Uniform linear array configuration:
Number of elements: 32
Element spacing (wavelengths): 0.25
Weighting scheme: cosine
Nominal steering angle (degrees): -60
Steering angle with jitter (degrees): -58.873
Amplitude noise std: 0.05
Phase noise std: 0.05

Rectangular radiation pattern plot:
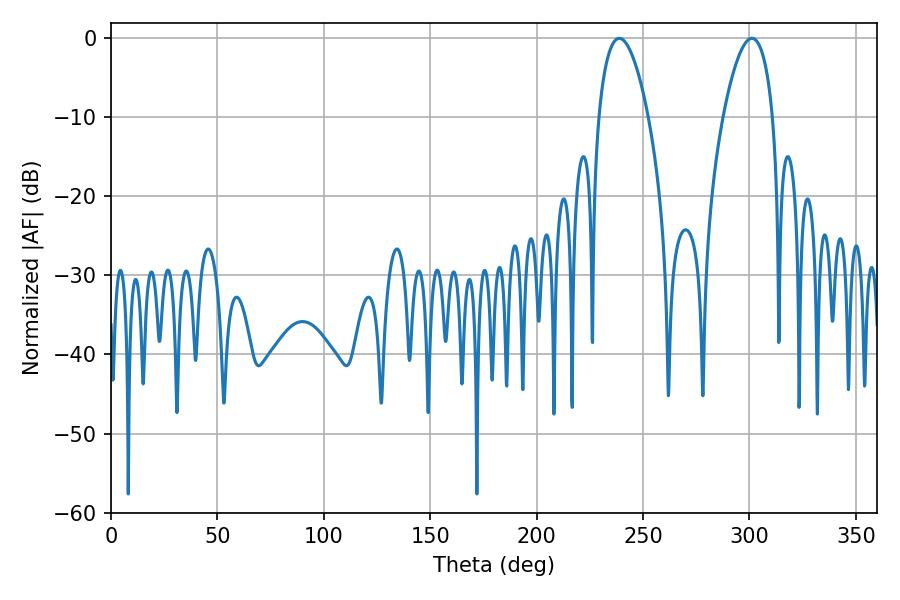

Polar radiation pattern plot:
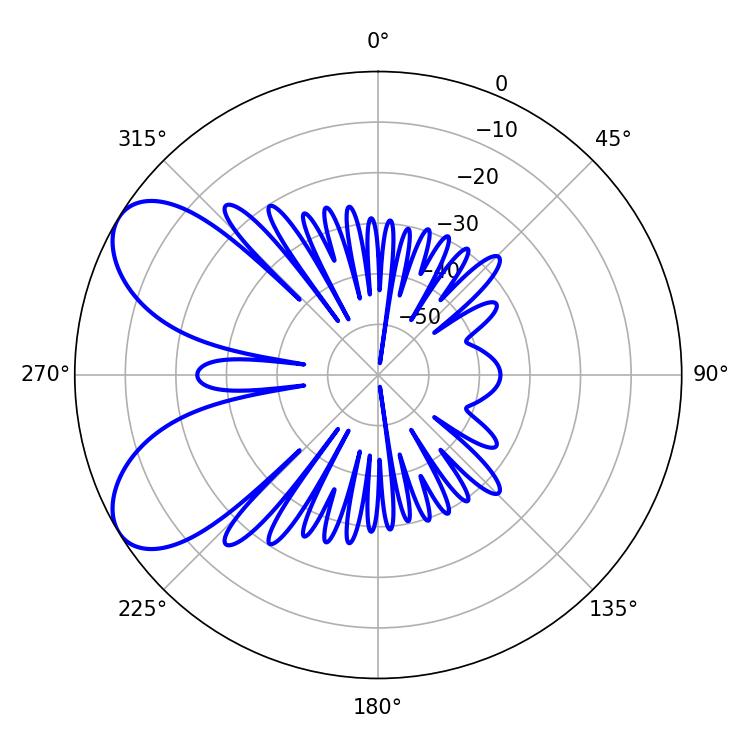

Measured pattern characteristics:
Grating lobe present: FALSE
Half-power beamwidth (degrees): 13.14
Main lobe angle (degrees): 301.14